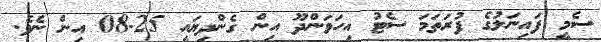
ސެމީ ފައިނަލުގެ ފުރަތަމަ ސެޓު އިހަވަންދޫ އިން ގެންދިޔައީ 25-08 އިން ނެވެ.